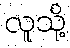
လူသို့